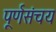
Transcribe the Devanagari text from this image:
पूर्णसंचय